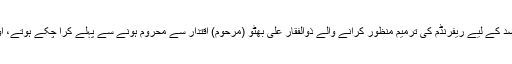
اگر ریفرنڈم کے ذریعے 1973ء کے آئین کو صدارتی نظام میں بدلنا اتنا ہی آسان ہوتا تو آئین میں اس مقصد کے لیے ریفرنڈم کی ترمیم منظور کرانے والے ذوالفقار علی بھٹو (مرحوم) اقتدار سے محروم ہونے سے پہلے کرا چکے ہوتے، اور جنرل ضیاء الحق اور جنرل پرویزمشرف بھی آئین میں صدارتی نظام کی تبدیلی کرنے سے نہ چوکتے۔